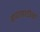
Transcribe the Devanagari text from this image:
वापरासाठीचा